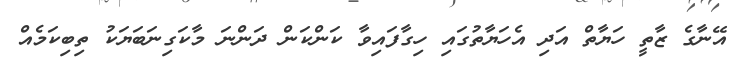
އޭނާގެ ޒާތީ ހަޔާތް އަދި އެހަޔާތުގައި ހިގާފައިވާ ކަންކަން ދަންނަ މާކަގިނަބަޔަކު ތިބިކަމެއް